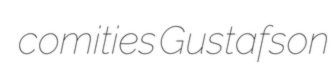
comities Gustafson